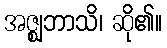
အဇ္ဈဘာသိ၊ ဆို၏။